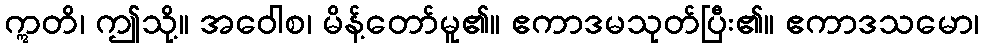
ဣတိ၊ ဤသို့။ အဝေါစ၊ မိန့်တော်မူ၏။ ဧကာဒမသုတ်ပြီး၏။ ဧကာဒသမော၊